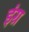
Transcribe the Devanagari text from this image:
इंग्र